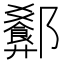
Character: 𬪢